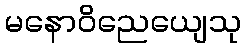
မနောဝိညေယျေသု